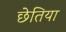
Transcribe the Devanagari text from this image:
छेतिया